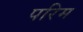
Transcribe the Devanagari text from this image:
परिम